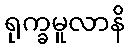
ရုက္ခမူလာနိ